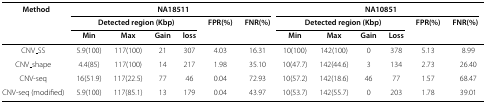
| Method | <COLSPAN=6> NA18511 | <COLSPAN=6> NA10851 |
 |  | <COLSPAN=4> Detected region (Kbp) | FPR(%) | FNR(%) | <COLSPAN=4> Detected region (Kbp) | FPR(%) | FNR(%) |
 |  | Min | Max | Gain | loss |  |  | Min | Max | Gain | Loss |  |  |
 | --- | --- | --- | --- | --- | --- | --- | --- | --- | --- | --- | --- | --- |
 | CNV_SS | 5.9(100) | 117(100) | 21 | 307 | 4.03 | 16.31 | 10(100) | 142(100) | 0 | 378 | 5.13 | 8.99 |
 | CNV_shape | 4.4(85) | 117(100) | 14 | 217 | 1.98 | 35.10 | 10(47.7) | 142(44.6) | 3 | 134 | 2.73 | 26.40 |
 | CNV-seq | 16(51.9) | 117(22.5) | 77 | 46 | 0.04 | 72.93 | 10(57.2) | 142(18.6) | 46 | 77 | 1.57 | 68.47 |
 | CNV-seq (modified) | 5.9(100) | 117(85.1) | 13 | 179 | 0.04 | 43.97 | 10(53.7) | 142(55.7) | 0 | 203 | 1.78 | 39.01 |